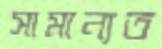
সামান্যত